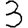
Digit: 3